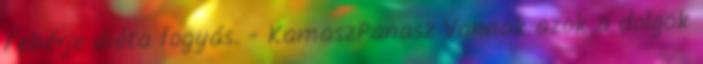
Fehérje diéta fogyás. - KamaszPanasz Vannak azok a dolgok